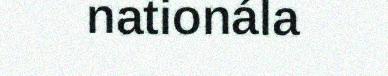
nationála